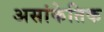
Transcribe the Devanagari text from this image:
असांकेतिक